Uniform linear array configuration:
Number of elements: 8
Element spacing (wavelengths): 0.75
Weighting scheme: hann
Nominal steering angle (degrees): -60
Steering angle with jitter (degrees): -60.674
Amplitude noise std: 0.05
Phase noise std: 0.05

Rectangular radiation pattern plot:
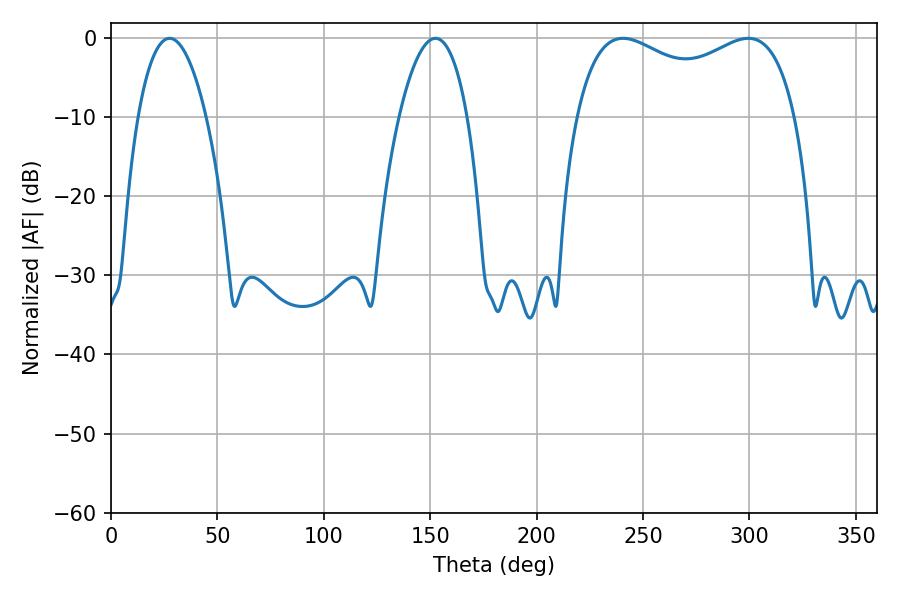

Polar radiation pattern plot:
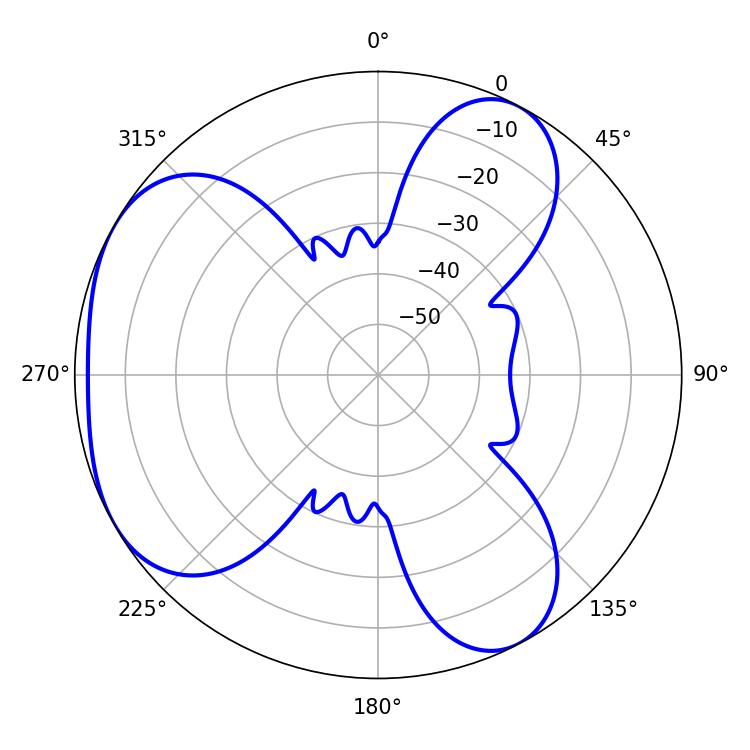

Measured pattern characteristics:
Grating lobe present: TRUE
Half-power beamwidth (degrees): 18
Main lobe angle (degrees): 27.54